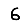
Digit: 6